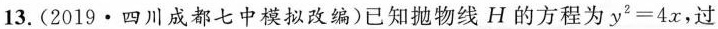
13.(2019·四川成都七中模拟改编)已知抛物线H的方程为$$y ^ { 2 } = 4 x$$，过